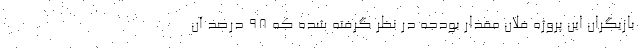
بازیگران این پروژه فلان مقدار بودجه در نظر گرفته شده که ۹۸ درصد آن